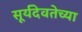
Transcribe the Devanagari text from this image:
सूर्यदेवतेच्या